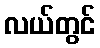
လယ်တွင်